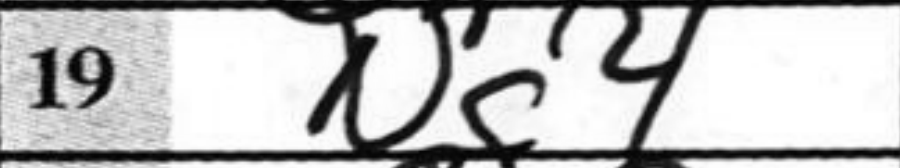
Transcription: Ng4